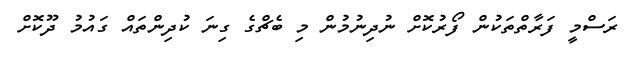
ރަސްމީ ފަރާތްތަކުން ފޯރުކޮށް ނުދިނުމުން މި ބެޗްގެ ގިނަ ކުދިންތައް ގައުމު ދޫކޮށް